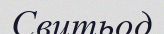
Свитьод